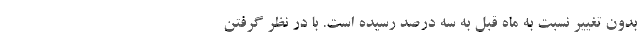
بدون تغییر نسبت به ماه قبل به سه درصد رسیده است. با در نظر گرفتن